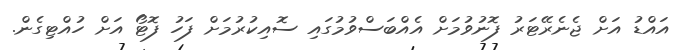
އައްޑު އަށް ޖެނެރޭޓަރު ފޮނުވުމަށް އެއްބަސްވުމުގައި ސޮއިކުރުމަށް ފަހު ފޮޓޯ އަށް ހުއްޓިގެން.